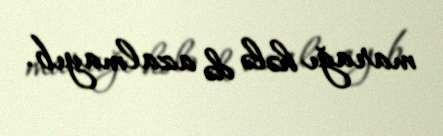
marağı hələ də azalmayıb.